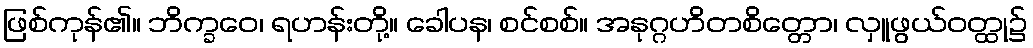
ဖြစ်ကုန်၏။ ဘိက္ခဝေ၊ ရဟန်းတို့။ ခေါပန၊ စင်စစ်။ အနုဂ္ဂဟိတစိတ္တော၊ လှူဖွယ်ဝတ္ထု၌